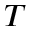
T